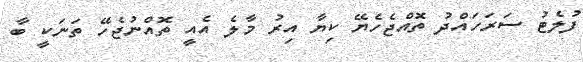
ފުލެޓު ސަރަހައްދު ތޮއްޖެހެޔޭ ކިޔާ އިރު މާލެ އެއީ ތޮއްނުޖެހޭ ތަނަކީ ބާ